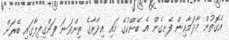
އެގޮތުން މާދަމާއިން ފެށިގެން އެ ބޭންކުގެ މައި އިދާރާގެ ތިންވަނަ ފަންގިފިލާގައި ބޭރަށް